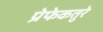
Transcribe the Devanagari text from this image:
प्रेफेकतुरे